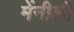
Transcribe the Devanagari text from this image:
मेंनीली